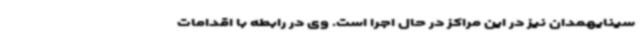
سینایهمدان نیز در این مراکز در حال اجرا است. وی در رابطه با اقدامات